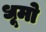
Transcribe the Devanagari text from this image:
धूमो